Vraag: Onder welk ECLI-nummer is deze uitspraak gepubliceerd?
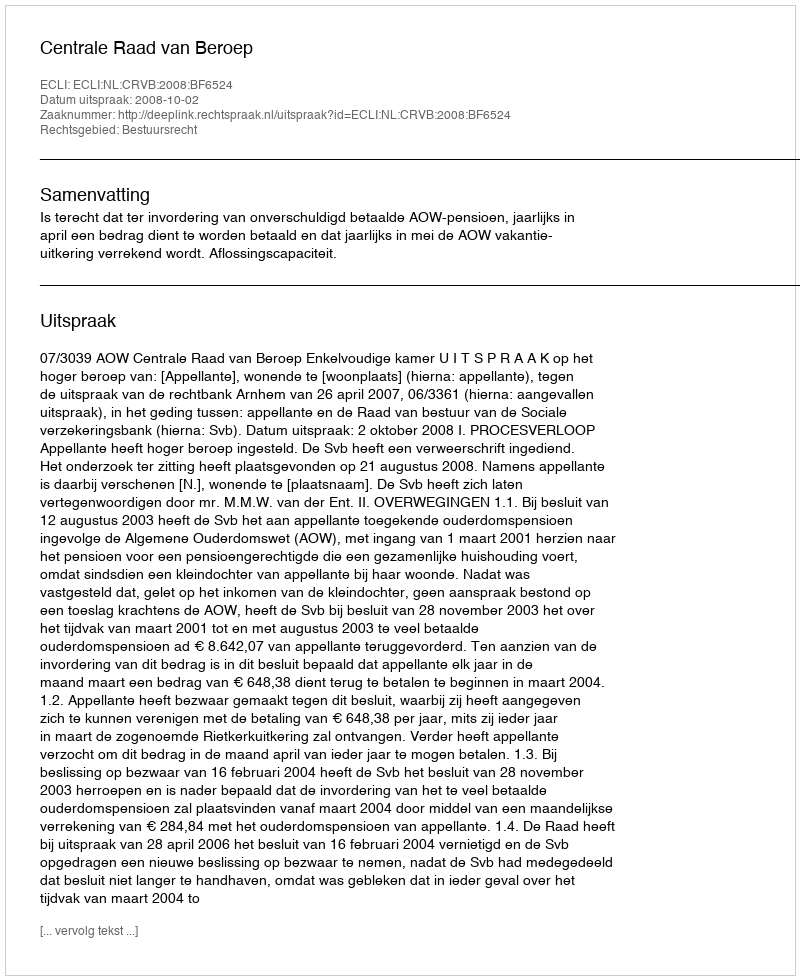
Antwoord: ECLI:NL:CRVB:2008:BF6524